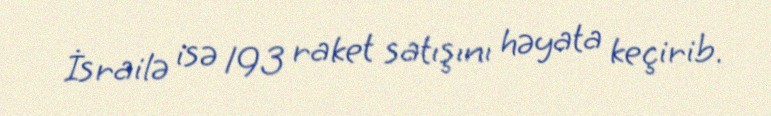
İsrailə isə 193 raket satışını həyata keçirib.